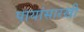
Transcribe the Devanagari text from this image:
पायांसारखी